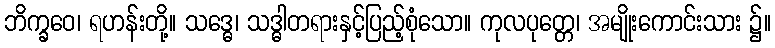
ဘိက္ခဝေ၊ ရဟန်းတို့။ သဒ္ဓေ၊ သဒ္ဓါတရားနှင့်ပြည့်စုံသော။ ကုလပုတ္တေ၊ အမျိုးကောင်းသား ၌။